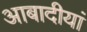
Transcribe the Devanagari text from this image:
आबादीयां